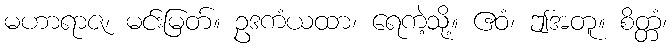
မဟာရာဇ၊ မင်းမြတ်။ ဥဒကံယထာ၊ ရေကဲ့သို့။ ဧဝံ၊ ဤအတူ။ စိတ္တံ၊